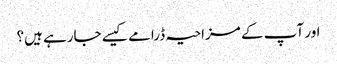
اور آپ کے مزاحیہ ڈرامے کیسے جارہے ہیں؟